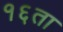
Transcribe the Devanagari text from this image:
१६ता